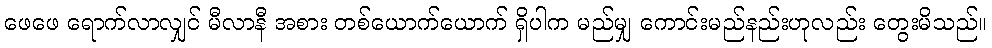
ဖေဖေ ရောက်လာလျှင် မီလာနီ အစား တစ်ယောက်ယောက် ရှိပါက မည်မျှ ကောင်းမည်နည်းဟုလည်း တွေးမိသည်။